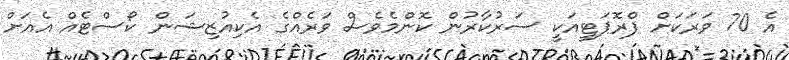
އެ 70 ވަރަކަށް ޕްރޮޕަޓީއަކީ ސަރުކާރުން ކޮންމެވެސް ވަރެއްގެ އެކިއުޒިޝަން ކޯސްޓެއް އެއަށް